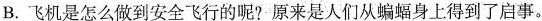
B.飞机是怎么做到安全飞行的呢?原来是人们从蝙蝠身上得到了启事。